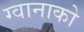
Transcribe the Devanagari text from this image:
ग्वानाको